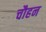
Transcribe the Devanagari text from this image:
चौहन